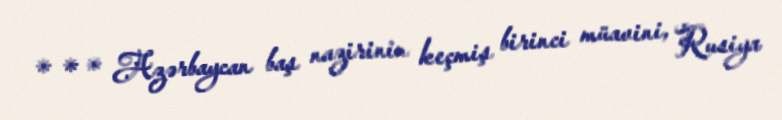
* * * Azərbaycan baş nazirinin keçmiş birinci müavini, Rusiya